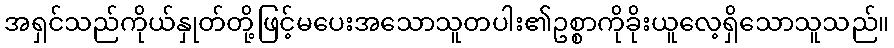
အရှင်သည်ကိုယ်နှုတ်တို့ဖြင့်မပေးအသောသူတပါး၏ဥစ္စာကိုခိုးယူလေ့ရှိသောသူသည်။